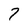
Character: 7